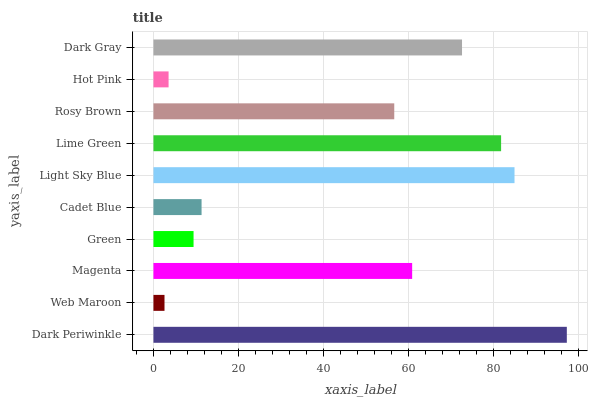
| yaxis_label | bars |
 | --- | --- |
 | Dark Periwinkle | 97.3 |
 | Web Maroon | 2.6 |
 | Magenta | 60.9 |
 | Green | 9.44 |
 | Cadet Blue | 11.3 |
 | Light Sky Blue | 85 |
 | Lime Green | 81.8 |
 | Rosy Brown | 56.7 |
 | Hot Pink | 3.56 |
 | Dark Gray | 72.6 |